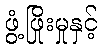
ဖွံ့ဖြိုးမှုနှင့်